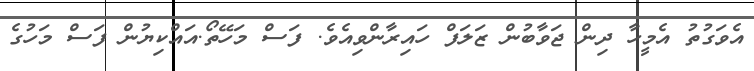
އެވަގުތު އެމީހާ ދިން ޖަވާބުން ޒަލަފް ހައިރާންވިއެވެ. ފަސް މަހޭތޯ.އައްކިޔުން ފަސް މަހުގެ